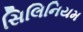
સિલિનિયમ